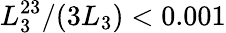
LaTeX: L_{3}^{23}/(3L_{3})<0.001